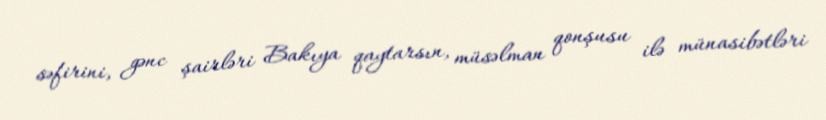
səfirini, gənc şairləri Bakıya qaytarsın, müsəlman qonşusu ilə münasibətləri